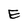
Character: E